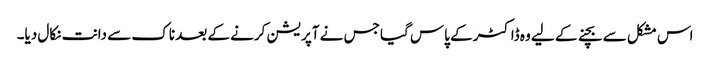
اس مشکل سے بچنے کے لیے وہ ڈاکٹر کے پاس گیا جس نے آپریشن کرنے کے بعد ناک سے دانت نکال دیا۔